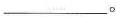
___。